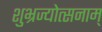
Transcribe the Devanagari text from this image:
शुभ्रज्योत्सनाम्